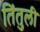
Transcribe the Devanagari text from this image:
तिंतुली